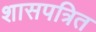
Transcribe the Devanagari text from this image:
शासपत्रित